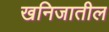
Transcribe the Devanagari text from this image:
खनिजातील